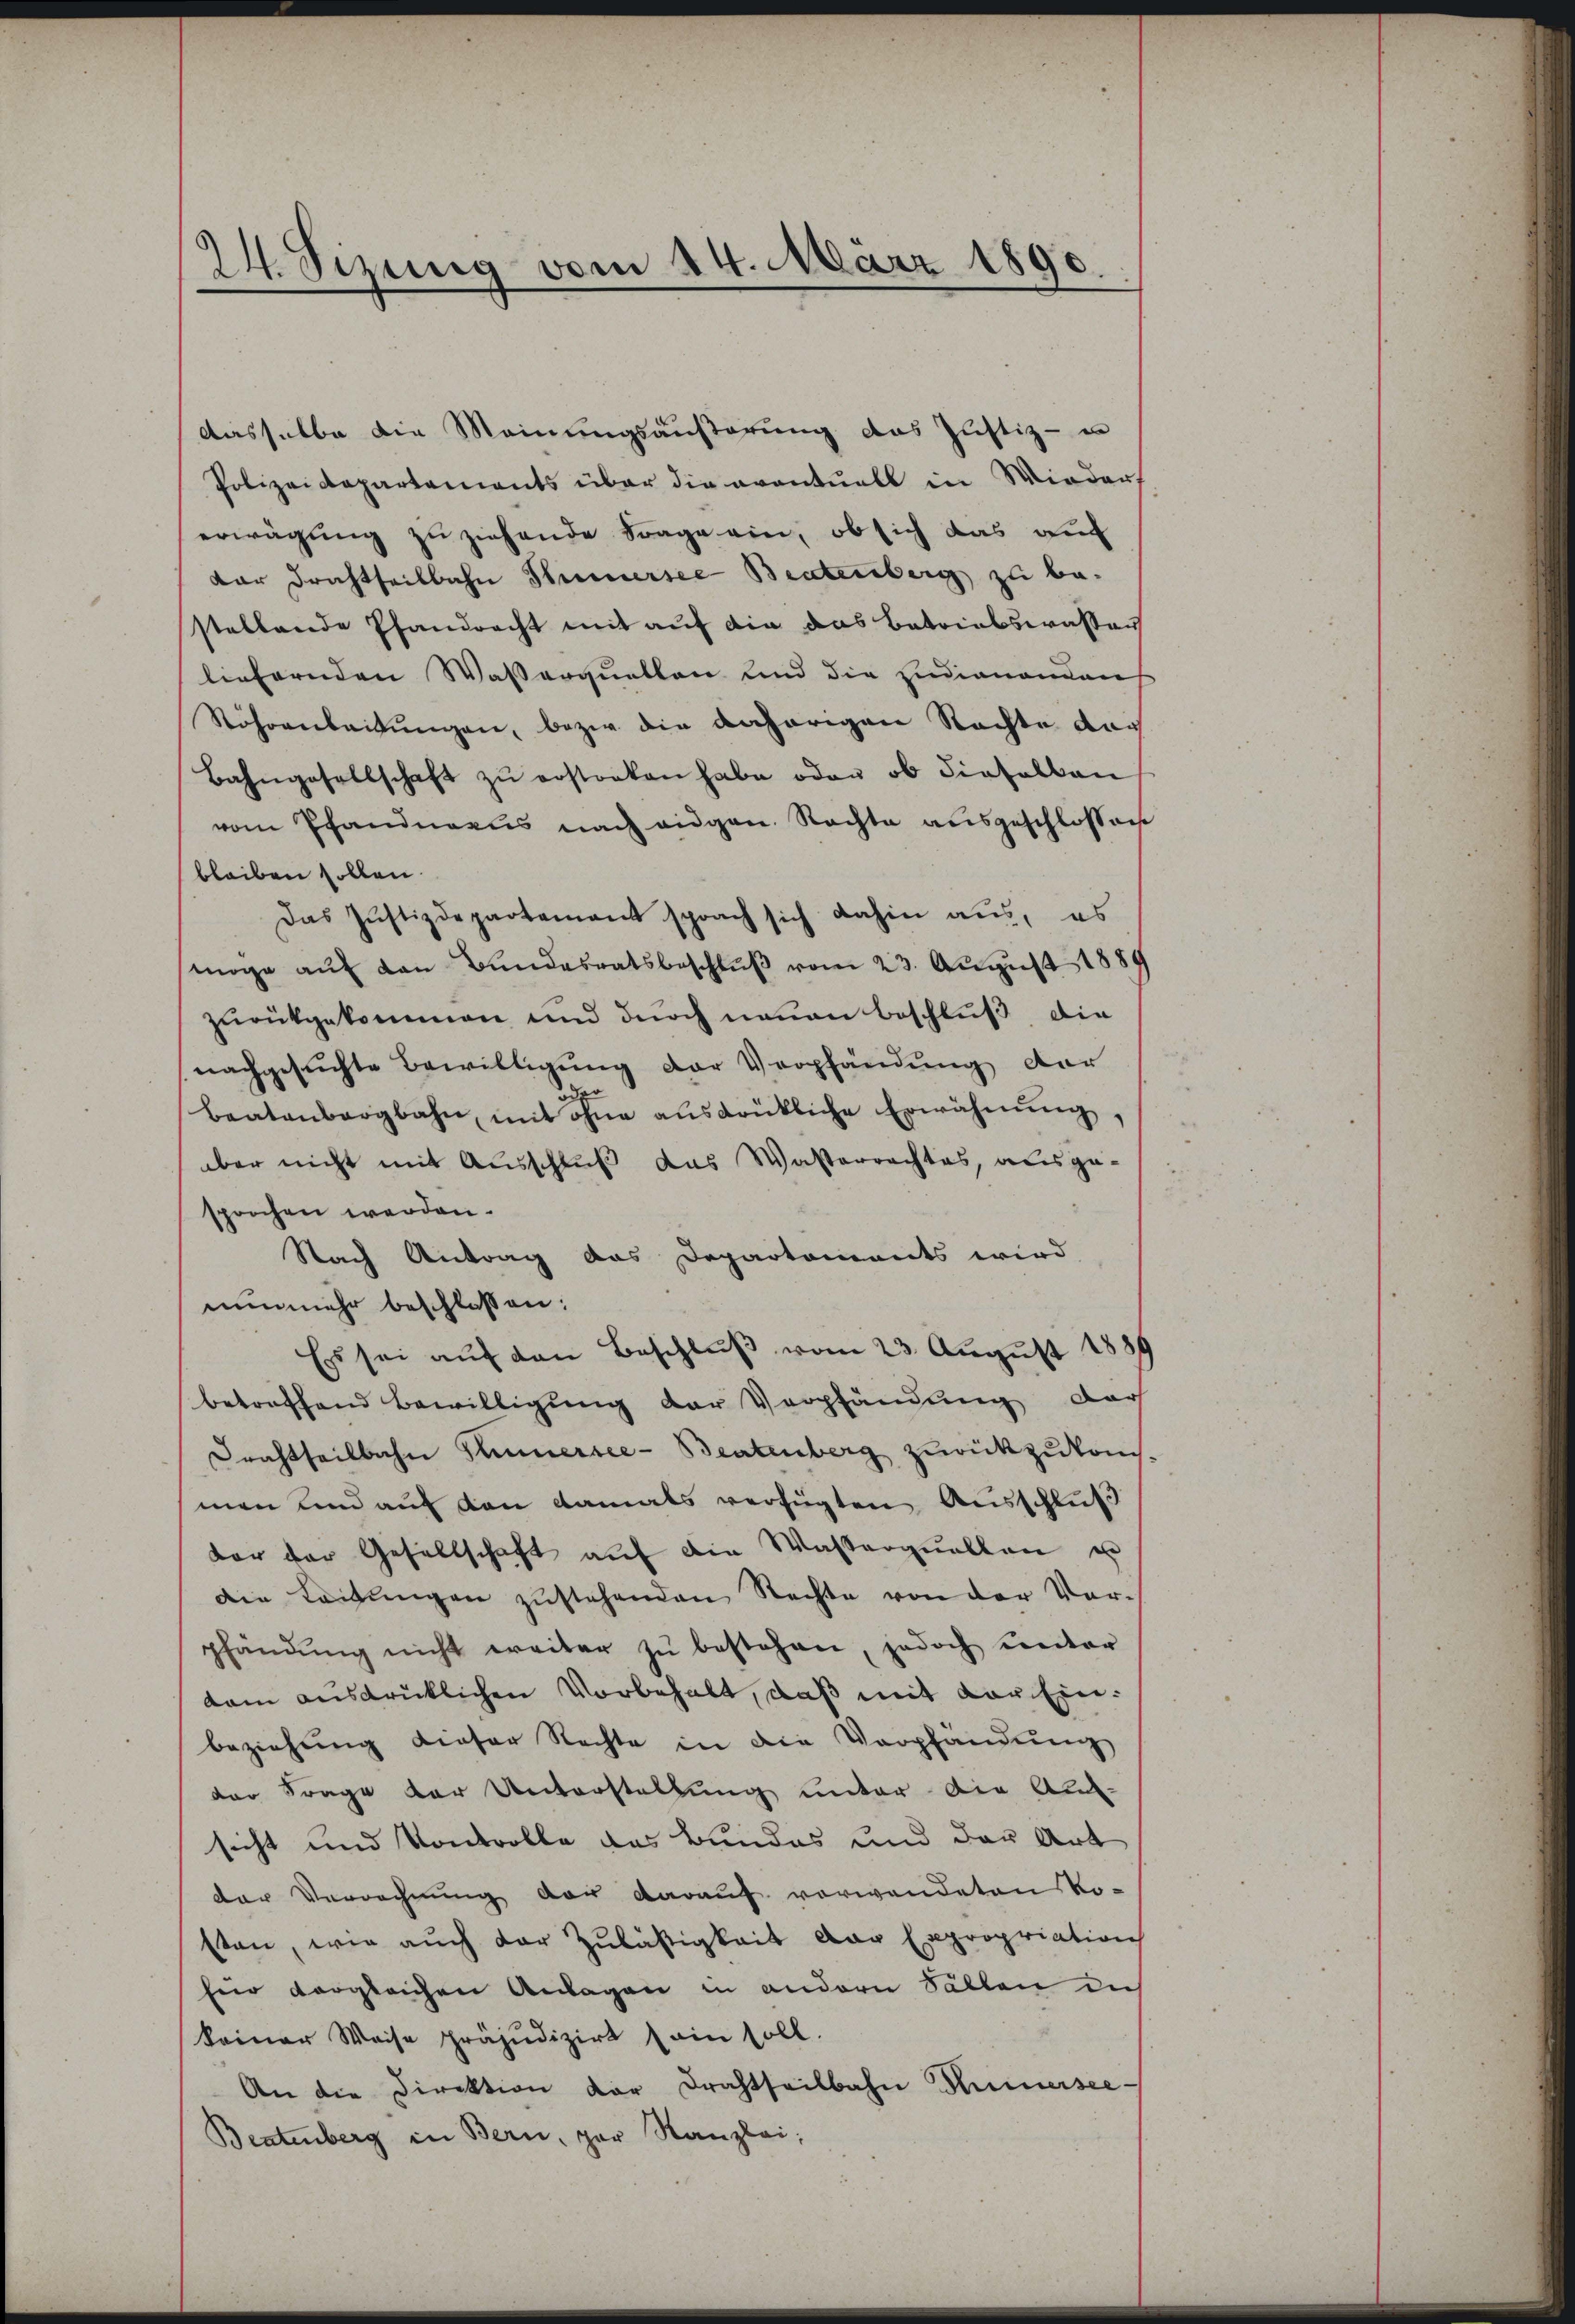
24. Sizung vom 14. März 1890.

dasselbe die Meinungsäußerung das Justiz- u
Polizeidepartements über die eventuell in Wieders
erwägung zu ziehende Frage ein, ob sich das auc
dar Drachtheilbahn Sinnersee Bratenberg zu be-
stellende Pfandrecht mit auf die das Betriebswassen
liefernden Wasserquellen und die Endinandens
Röhrenbeitungen, bezi die daherigen Rechte dar
Bahngesellschaft zŭ erstorben habe oder ob dieselben
vom Pfandnacus nach eigen Rechte ausgeschlossen
bleiben sollen.
Das Justizdepartement sprach sich dahin aus, es
möge auf den Bundesratsbeschluß vom 23. August 1889
zurückgekommen und durch neuen Beschluß, die
nachgesuchte Bewilligung der Verpfändung der
beatenbergbahn, mit ohne aŭsdrükliche Erwähnŭng,
über nicht mit Ausschluß das Wasterrechtes, ausgesprochen werden.
Nach Antrag das Departements wird
nunmehr beschlossen:
Es sei auf den Beschluß vom 23. August 1889
betreffend Bewilligung der Verpfändung der
Frachtheilbahn Sinnersee-Beatenberg zurückzukommen und auf den damals verfügten Ausschluß
vor der Gesellschaft aŭf die Wasserquellen u
Die Leitŭngen zustehenden Rechte von der Vorpfändung nicht weiter zu bestehen, jedoch unter
kam ausdrücklichen Vorbehalt, daß mit vor Einbeziehŭng dieser Rechte in die Verpfändung
der Frage der Unterstellung unter die Amsicht und Vontrolle das Bundes und der Art
der Verrechnŭng der daraŭf vorwandeten Vo
sten, wie auch der Zuläßigkeit der Expropriation
für vergleichen Anlagen in andern Fällen dich
keiner Weise präjudizirt (ein soll.
An die Direktion der Drahtheilbahn Hunnersee-
Beatenberg in Bern, par Kanzlei,